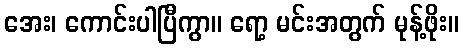
အေး၊ ကောင်းပါပြီကွာ။ ရော့ မင်းအတွက် မုန့်ဖိုး။